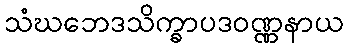
သံဃဘေဒသိက္ခာပဒဝဏ္ဏနာယ